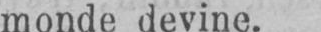
monde devine.